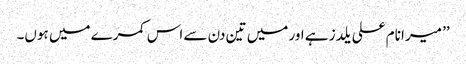
’’ میرا نام علی یلدز ہے اور میں تین دن سے اس کمرے میں ہوں۔